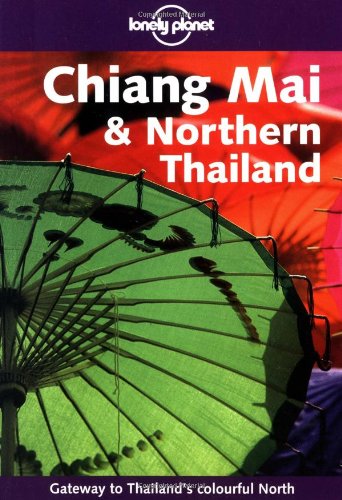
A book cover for Lonely Planet Chiang Mai & Northern Thailand; Joe Cummings; Travel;